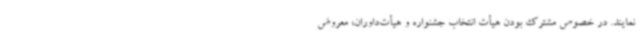
نمایند. در خصوص مشترک بودن هیأت انتخاب جشنواره و هیأت‌داوران، معروض